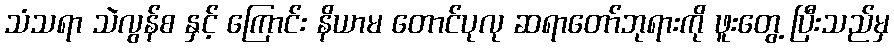
သံသရာ သဲလွန်စ နှင့် ကြောင်း နိယာမ တောင်ပုလု ဆရာတော်ဘုရားကို ဖူးတွေ့ ပြီးသည်မှ